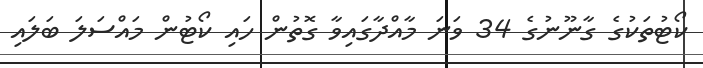
ކޯޓުތަކުގެ ގާނޫނުގެ 34 ވަނަ މާއްދާގައިވާ ގޮތުން ހައި ކޯޓުން މައްސަލަ ބަލައި